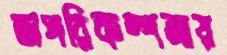
অপরিকল্পনায়